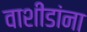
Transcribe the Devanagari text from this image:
वाशींडांना